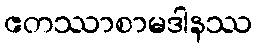
ဧတဿာစာမဒါနဿ